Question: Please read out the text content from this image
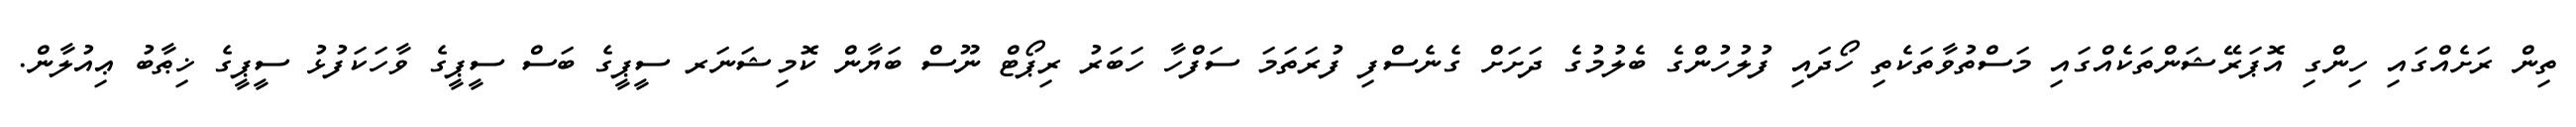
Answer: ތިން ރަށެއްގައި ހިންގި އޮޕަރޭޝަންތަކެއްގައި މަސްތުވާތަކެތި ހޯދައި ފުލުހުންގެ ބެލުމުގެ ދަށަށް ގެނެސްފި ފުރަތަމަ ސަފްހާ ހަބަރު ރިޕޯޓް ނޫސް ބަޔާން ކޮމިޝަނަރ ސީޕީގެ ބަސް ސީޕީގެ ވާހަކަފުޅު ސީޕީގެ ޚިޠާބު ޢިއުލާން.